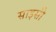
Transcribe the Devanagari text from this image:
साइसी